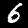
Label: 6